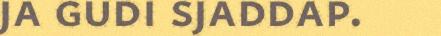
ja gudi sjaddap.